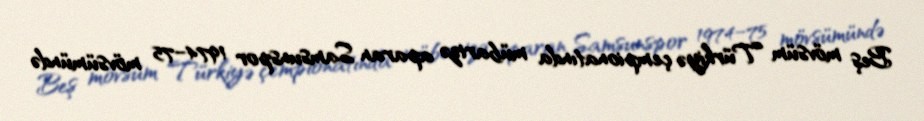
Beş mövsüm Türkiyə çempionatında mübarizə aparan Samsunspor 1974–75 mövsümündə